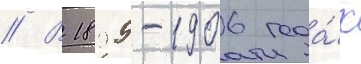
// В 1899-1906 года́х